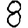
Digit: 8